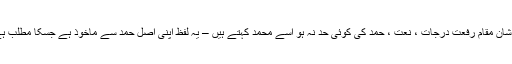
جسکی عظمت شان مقام رفعت درجات ، نعت ، حمد کی کوئی حد نہ ہو اسے محمد کہتے ہیں – یہ لفظ اپنی اصل حمد سے ماخوذ ہے جسکا مطلب ہے تعریف کرنا۔